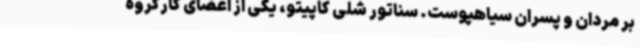
بر مردان و پسران سیاهپوست. سناتور شلی کاپیتو،‌ یکی از اعضای کارگروه